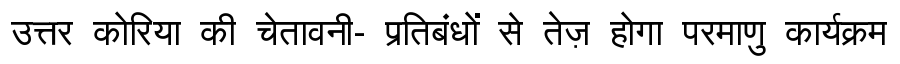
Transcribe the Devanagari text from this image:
उत्तर कोरिया की चेतावनी- प्रतिबंधों से तेज़ होगा परमाणु कार्यक्रम